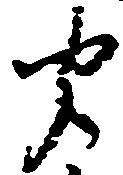
聞